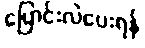
ပြောင်းလဲပေးရန်